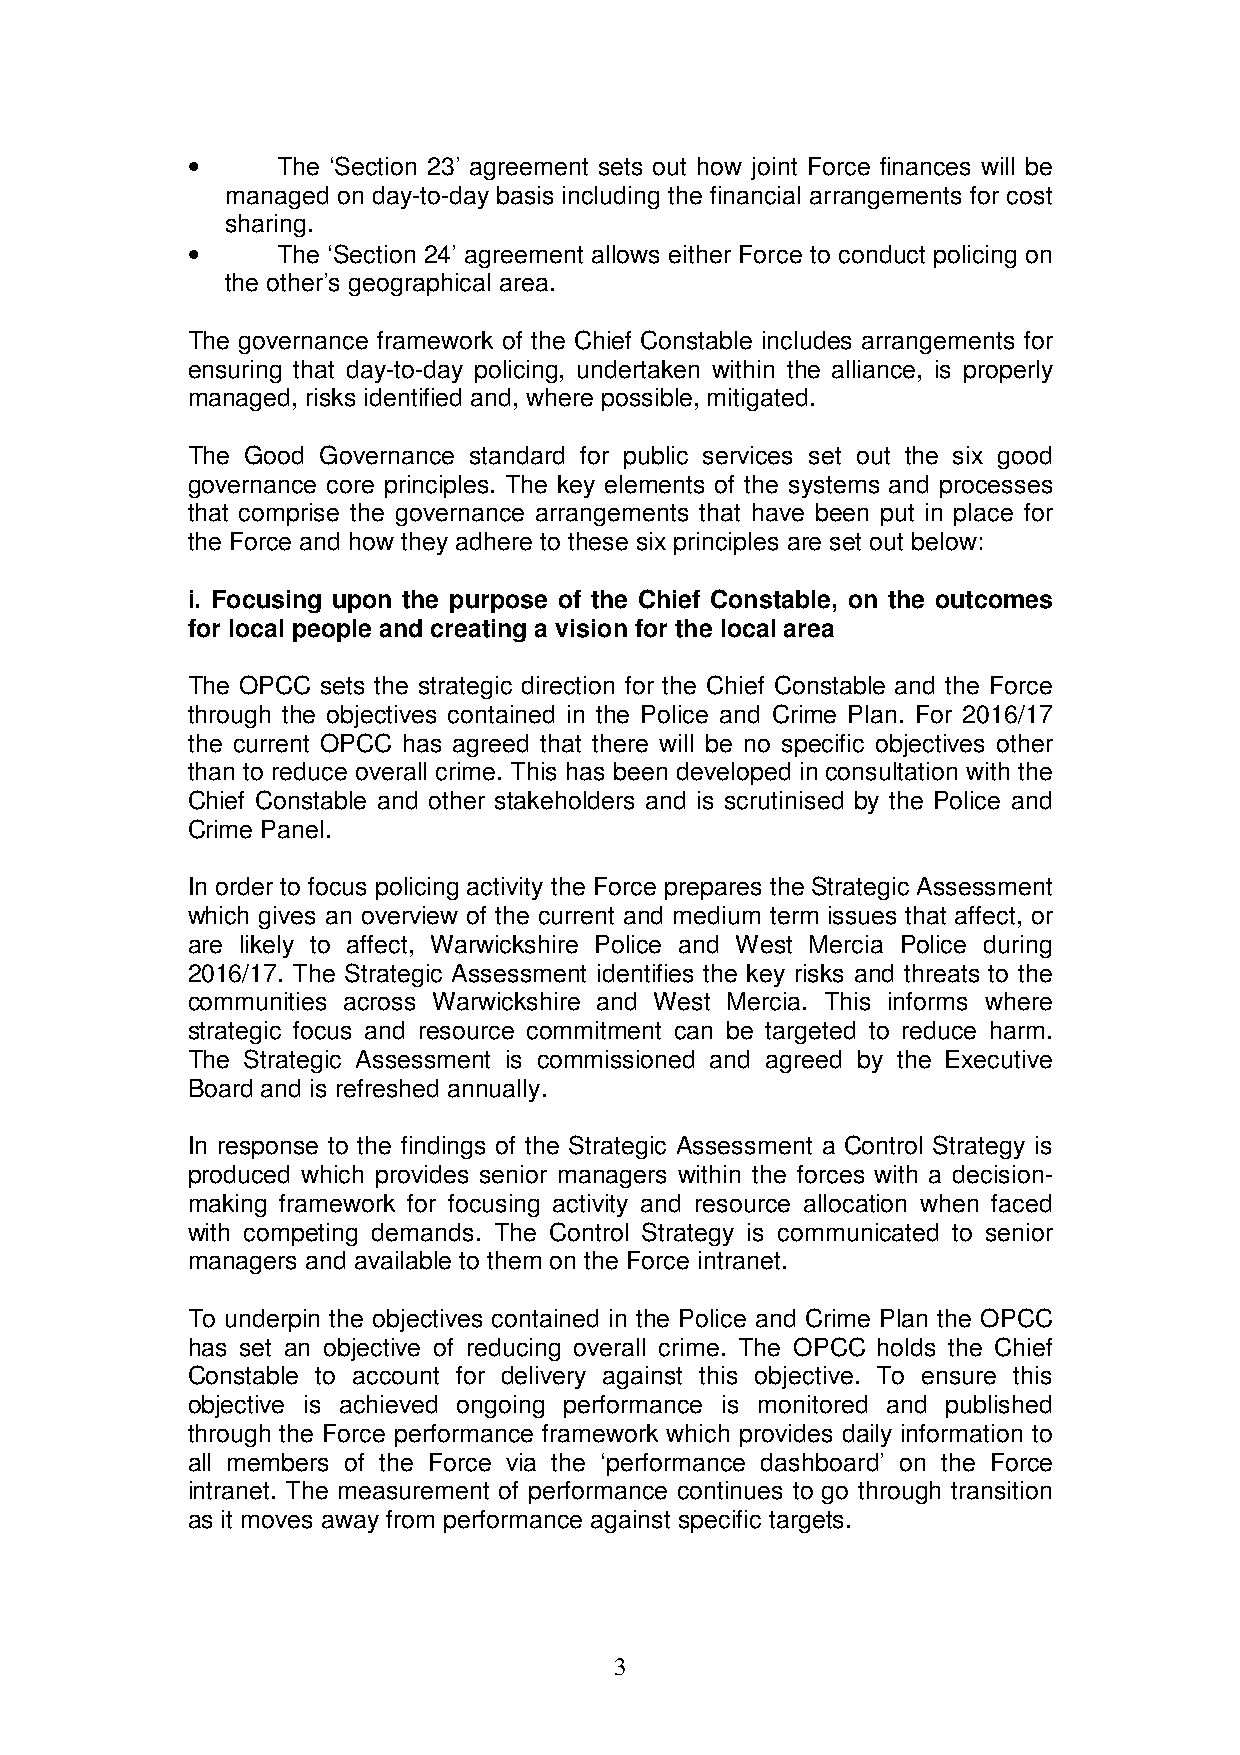
•     The ‘Section 23’ agreement sets out how joint Force finances will be
 managed on day-to-day basis including the financial arrangements for cost
 sharing.
 •     The ‘Section 24’ agreement allows either Force to conduct policing on
 the other’s geographical area.
 The governance framework of the Chief Constable includes arrangements for
 ensuring that day-to-day policing, undertaken within the alliance, is properly
 managed, risks identified and, where possible, mitigated.
 The Good Governance standard for public services set out the six good
 governance core principles. The key elements of the systems and processes
 that comprise the governance arrangements that have been put in place for
 the Force and how they adhere to these six principles are set out below:
 i. Focusing upon the purpose of the Chief Constable, on the outcomes
 for local people and creating a vision for the local area
 The OPCC sets the strategic direction for the Chief Constable and the Force
 through the objectives contained in the Police and Crime Plan. For 2016/17
 the current OPCC has agreed that there will be no specific objectives other
 than to reduce overall crime. This has been developed in consultation with the
 Chief Constable and other stakeholders and is scrutinised by the Police and
 Crime Panel.
 In order to focus policing activity the Force prepares the Strategic Assessment
 which gives an overview of the current and medium term issues that affect, or
 are likely to affect, Warwickshire Police and West Mercia Police during
 2016/17. The Strategic Assessment identifies the key risks and threats to the
 communities across Warwickshire and West Mercia. This informs where
 strategic focus and resource commitment can be targeted to reduce harm.
 The Strategic Assessment is commissioned and agreed by the Executive
 Board and is refreshed annually.
 In response to the findings of the Strategic Assessment a Control Strategy is
 produced which provides senior managers within the forces with a decision-
 making framework for focusing activity and resource allocation when faced
 with competing demands. The Control Strategy is communicated to senior
 managers and available to them on the Force intranet.
 To underpin the objectives contained in the Police and Crime Plan the OPCC
 has set an objective of reducing overall crime. The OPCC holds the Chief
 Constable to account for delivery against this objective. To ensure this
 objective is achieved ongoing performance is monitored and published
 through the Force performance framework which provides daily information to
 all members of the Force via the ‘performance dashboard’ on the Force
 intranet. The measurement of performance continues to go through transition
 as it moves away from performance against specific targets.
 3